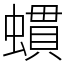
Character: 䗰